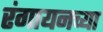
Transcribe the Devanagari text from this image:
रंगायनच्या